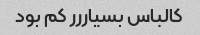
کالباس بسیاررر کم بود